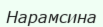
Нарамсина